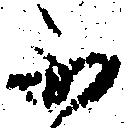
不